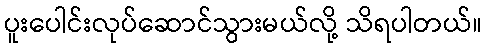
ပူးပေါင်းလုပ်ဆောင်သွားမယ်လို့ သိရပါတယ်။